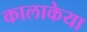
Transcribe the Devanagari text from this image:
कालाकेया